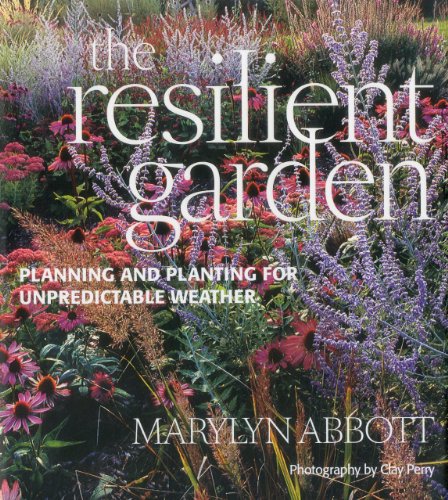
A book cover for Resilient Garden: Planning and Planting for Unpredictable Weather; Maryln Abbott; Crafts, Hobbies & Home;